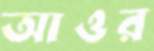
আওর